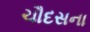
ચૌદસના